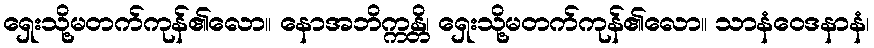
ရှေးသို့မတက်ကုန်၏လော။ နောအဘိက္ကန္တိ၊ ရှေးသို့မတက်ကုန်၏လော။ သာနံဝေဒနာနံ၊